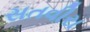
સતવીરા